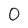
Character: 0